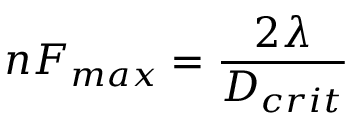
n F _ { m a x } = { \frac { 2 \lambda } { D _ { c r i t } } } \,